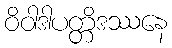
ဝိဝါဒါပတ္တိဒဿနေ